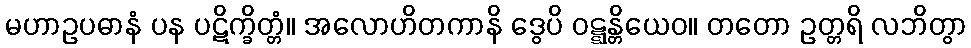
မဟာဥပဓာနံ ပန ပဋိက္ခိတ္တံ။ အလောဟိတကာနိ ဒွေပိ ဝဋ္ဋန္တိယေဝ။ တတော ဥတ္တရိ လဘိတွာ